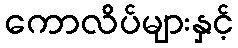
ကောလိပ်များနှင့်